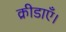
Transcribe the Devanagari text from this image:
क्रीडाएँ।